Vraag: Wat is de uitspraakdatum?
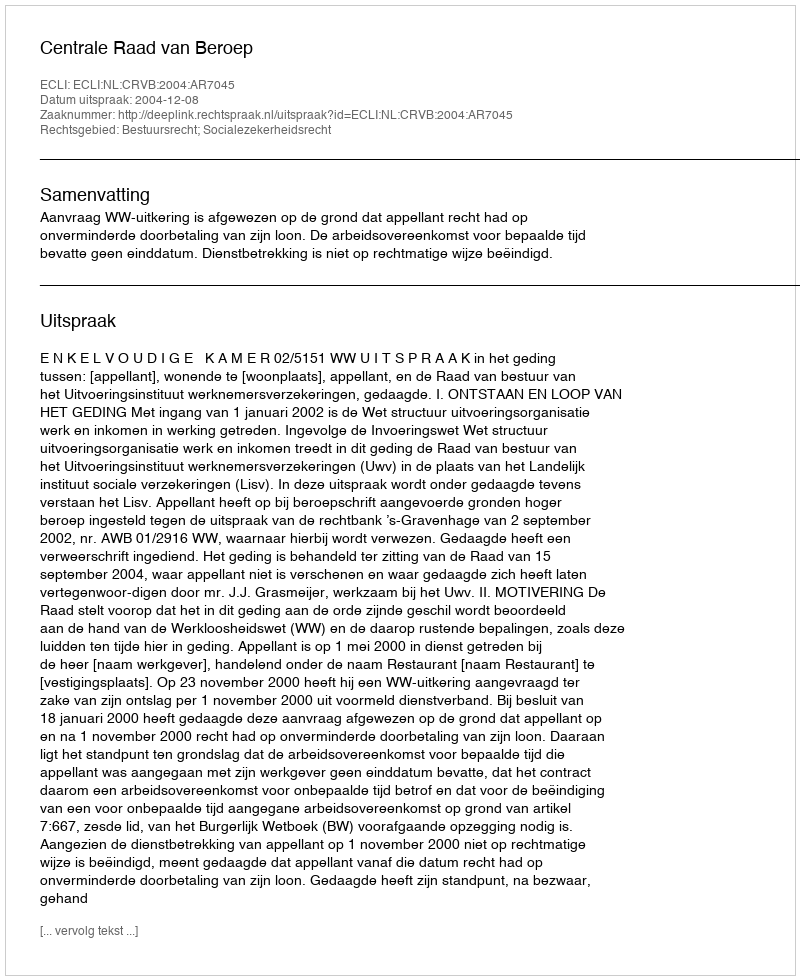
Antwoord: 2004-12-08